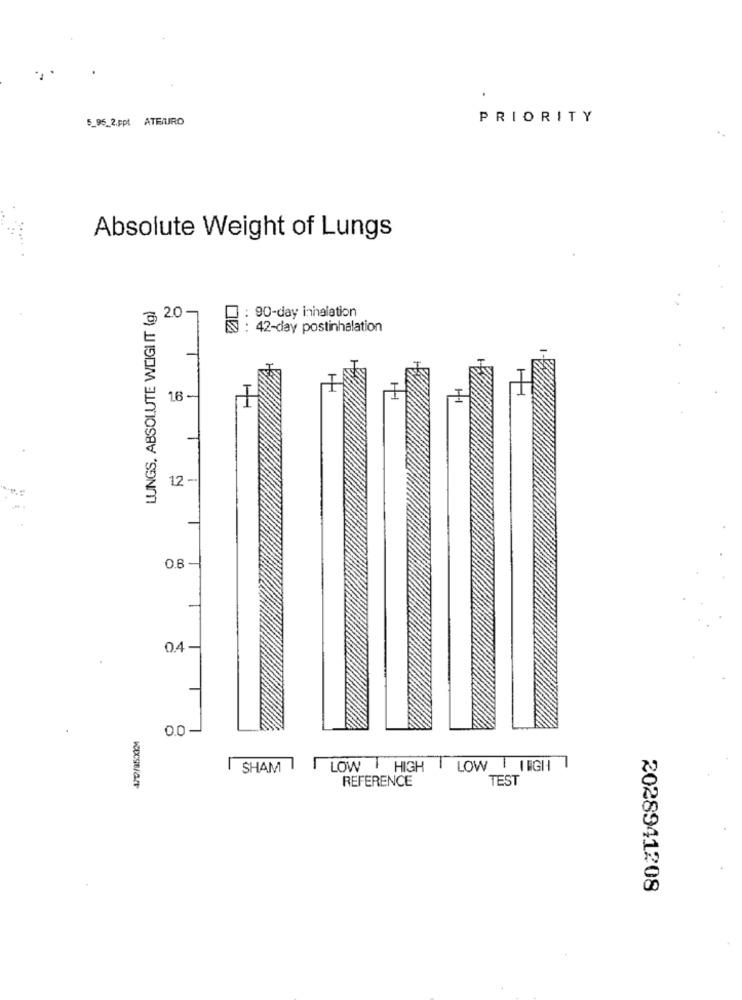
.
5_95_2.Fpt ATEURO
PRIORITY
Absolute Weight of Lungs
LUNGS, ABSOLUTE WEIGI IT (g)
: 90-day inhalation
3 2.0
: 42-day postinhalation
1.6 -
12 -
0.8 -
0.4
0.0-
SHAM
LOW
HIGH
LOW IEGH
REFERENCE
TEST
2028941208